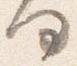
何